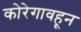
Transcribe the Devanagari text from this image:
कोरेगावहून